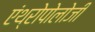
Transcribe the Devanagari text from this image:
एंथ्रोपोलोजी